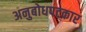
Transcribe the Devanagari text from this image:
अनुबोधपटकार